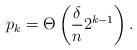
LaTeX: \begin{align*} p_k = \Theta\left(\frac{\delta}{n} 2^{k-1}\right).\end{align*}